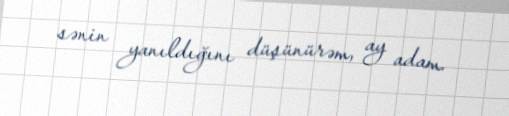
sənin yanıldığını düşünürəm, ay adam.